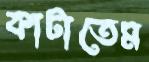
কাটাতেম